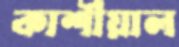
কাশীয়াল